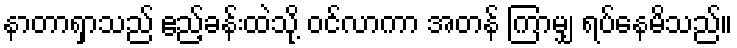
နာတာရှာသည် ဧည့်ခန်းထဲသို့ ဝင်လာကာ အတန် ကြာမျှ ရပ်နေမိသည်။